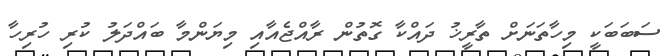
ސަބަބަކީ މިހާތަނަށް ތާރީޚު ދައްކާ ގޮތުން ރާއްޖެއާއި މިޔަންމާ ބައްދަލު ކުރި ހުރިހާ